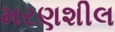
મરણશીલ